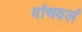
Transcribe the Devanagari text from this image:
वांचवलं